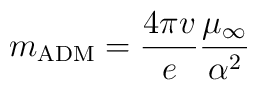
m_{\rm ADM}= \frac{4 \pi v}{e} \frac{\mu_\infty}{\alpha^2}